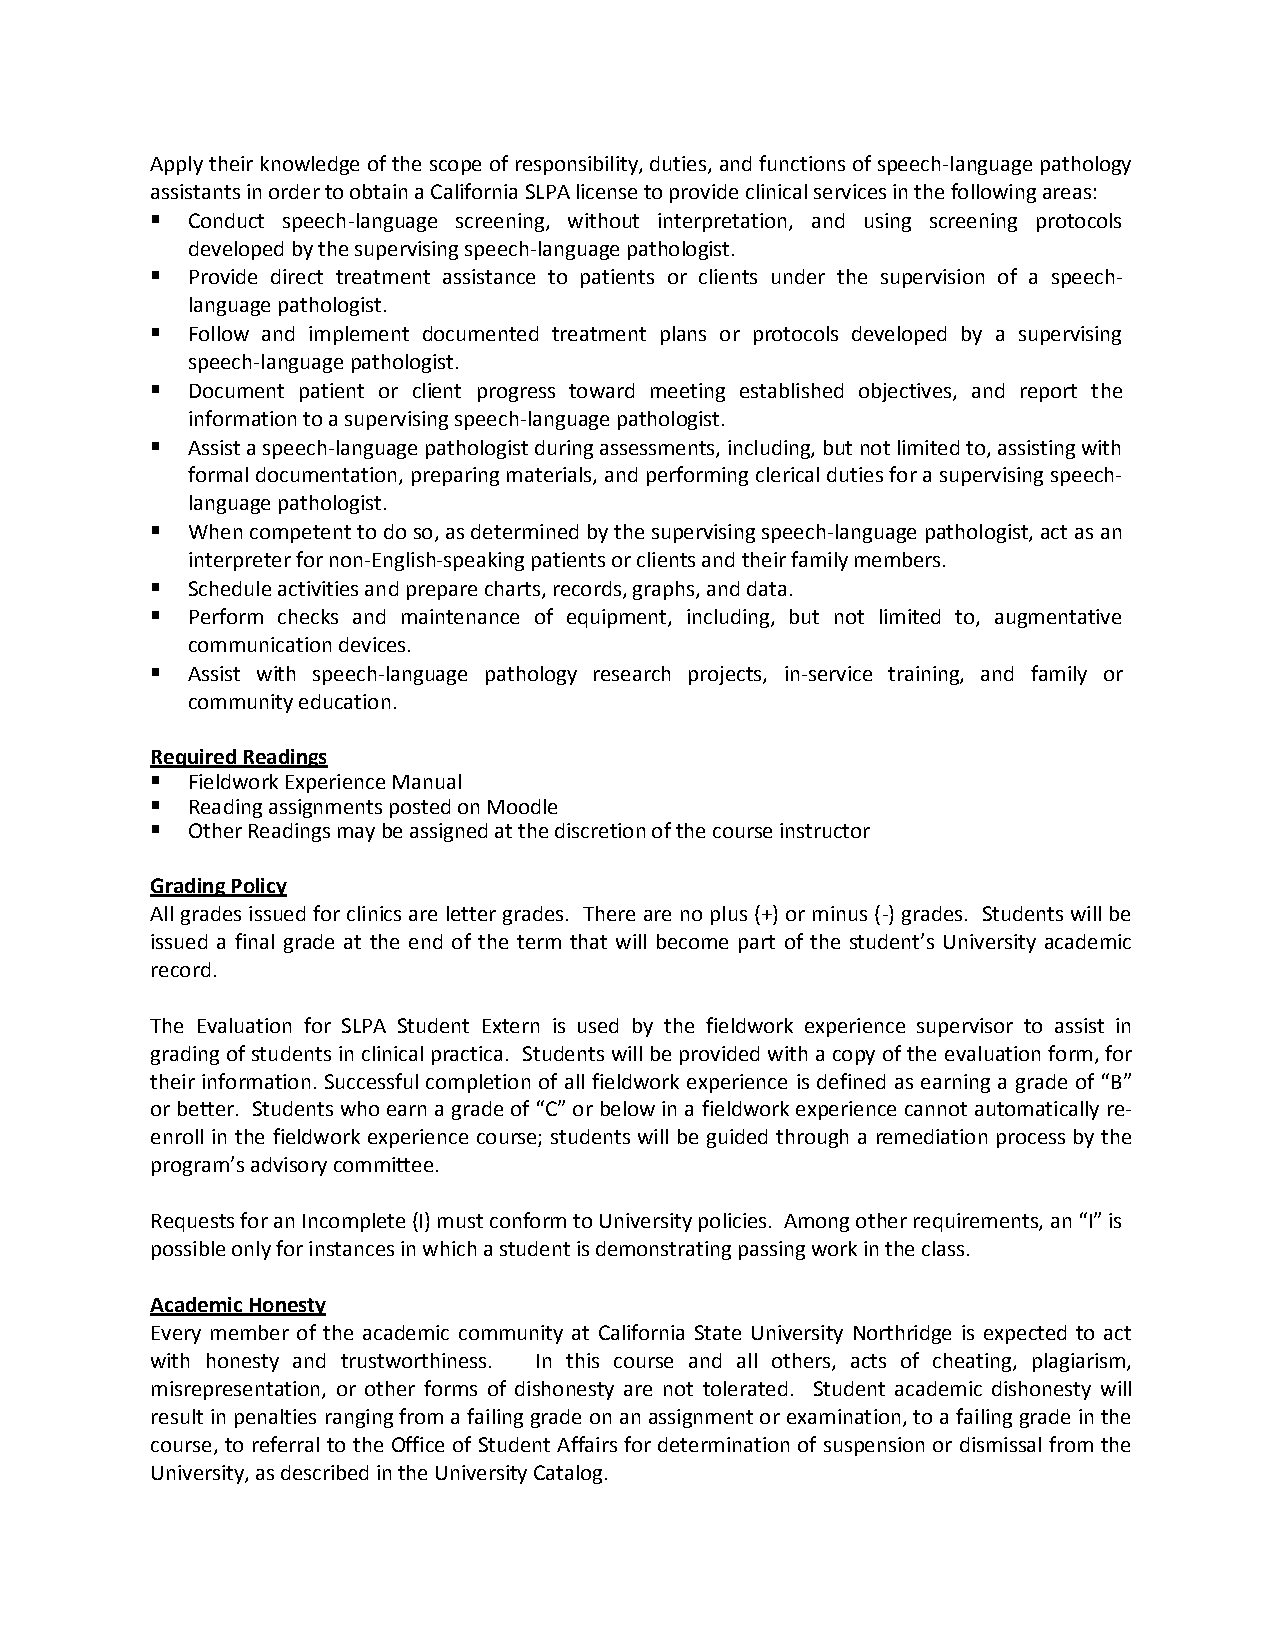
Apply their knowledge of the scope of responsibility, duties, and functions of speech-language pathology
 assistants in order to obtain a California SLPA license to provide clinical services in the following areas:
  Conduct speech-language screening, without interpretation, and using screening protocols
 developed by the supervising speech-language pathologist.
  Provide direct treatment assistance to patients or clients under the supervision of a speech-
 language pathologist.
  Follow and implement documented treatment plans or protocols developed by a supervising
 speech-language pathologist.
  Document patient or client progress toward meeting established objectives, and report the
 information to a supervising speech-language pathologist.
  Assist a speech-language pathologist during assessments, including, but not limited to, assisting with
 formal documentation, preparing materials, and performing clerical duties for a supervising speech-
 language pathologist.
  When competent to do so, as determined by the supervising speech-language pathologist, act as an
 interpreter for non-English-speaking patients or clients and their family members.
  Schedule activities and prepare charts, records, graphs, and data.
  Perform checks and maintenance of equipment, including, but not limited to, augmentative
 communication devices.
  Assist with speech-language pathology research projects, in-service training, and family or
 community education.
 Required Readings
  Fieldwork Experience Manual
  Reading assignments posted on Moodle
  Other Readings may be assigned at the discretion of the course instructor
 Grading Policy
 All grades issued for clinics are letter grades. There are no plus (+) or minus (-) grades. Students will be
 issued a final grade at the end of the term that will become part of the student’s University academic
 record.
 The Evaluation for SLPA Student Extern is used by the fieldwork experience supervisor to assist in
 grading of students in clinical practica. Students will be provided with a copy of the evaluation form, for
 their information. Successful completion of all fieldwork experience is defined as earning a grade of “B”
 or better. Students who earn a grade of “C” or below in a fieldwork experience cannot automatically re-
 enroll in the fieldwork experience course; students will be guided through a remediation process by the
 program’s advisory committee.
 Requests for an Incomplete (I) must conform to University policies. Among other requirements, an “I” is
 possible only for instances in which a student is demonstrating passing work in the class.
 Academic Honesty
 Every member of the academic community at California State University Northridge is expected to act
 with honesty and trustworthiness. In this course and all others, acts of cheating, plagiarism,
 misrepresentation, or other forms of dishonesty are not tolerated. Student academic dishonesty will
 result in penalties ranging from a failing grade on an assignment or examination, to a failing grade in the
 course, to referral to the Office of Student Affairs for determination of suspension or dismissal from the
 University, as described in the University Catalog.